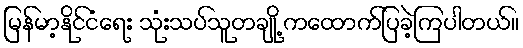
မြန်မာ့နိုင်ငံရေး သုံးသပ်သူတချို့ ကထောက်ပြခဲ့ကြပါတယ်။